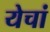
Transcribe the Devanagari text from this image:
येचां